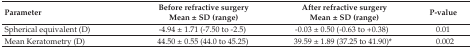
<table><thead><tr><td><b>Parameter</b></td><td><b>Before refractive surgery Mean ± SD (range)</b></td><td><b>After refractive surgery Mean ± SD (range)</b></td><td><b>P-value</b></td></tr></thead><tbody><tr><td>Spherical equivalent (D)</td><td>−4.94 ± 1.71 (−7.50 to −2.5)</td><td>−0.03 ± 0.50 (−0.63 to +0.38)</td><td>0.01</td></tr><tr><td>Mean Keratometry (D)</td><td>44.50 ± 0.55 (44.0 to 45.25)</td><td>39.59 ± 1.89 (37.25 to 41.90)*</td><td>0.002</td></tr></tbody></table>